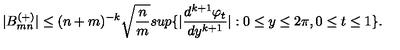
| B _ { m n } ^ { ( + ) } | \leq ( n + m ) ^ { - k } \sqrt { { \frac { n } { m } } } s u p \{ | { \frac { d ^ { k + 1 } \varphi _ { t } } { d y ^ { k + 1 } } } | : 0 \leq y \leq 2 \pi , 0 \leq t \leq 1 \} .